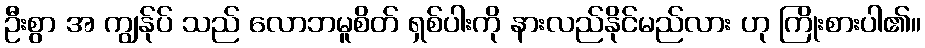
ဦးစွာ အ ကျွန်ုပ် သည် လောဘမူစိတ် ရှစ်ပါးကို နားလည်နိုင်မည်လား ဟု ကြိုးစားပါ၏။